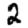
Digit: 2